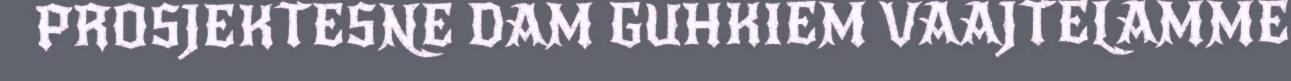
PROSJEKTESNE DAM GUHKIEM VAAJTELAMME